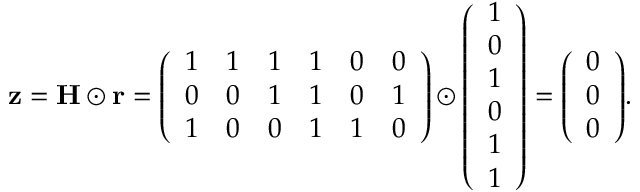
\mathbf { z } = \mathbf { H \odot r } = { \left( \begin{array} { l l l l l l } { 1 } & { 1 } & { 1 } & { 1 } & { 0 } & { 0 } \\ { 0 } & { 0 } & { 1 } & { 1 } & { 0 } & { 1 } \\ { 1 } & { 0 } & { 0 } & { 1 } & { 1 } & { 0 } \end{array} \right) } \odot { \left( \begin{array} { l } { 1 } \\ { 0 } \\ { 1 } \\ { 0 } \\ { 1 } \\ { 1 } \end{array} \right) } = { \left( \begin{array} { l } { 0 } \\ { 0 } \\ { 0 } \end{array} \right) } .